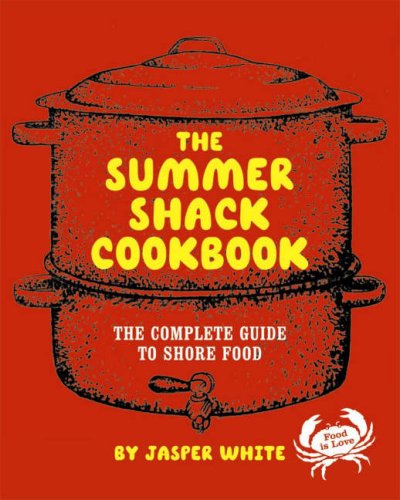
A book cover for The Summer Shack Cookbook: The Complete Guide to Shore Food; Jasper White; Cookbooks, Food & Wine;